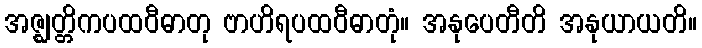
အဇ္ဈတ္တိကပထဝီဓာတု ဗာဟိရပထဝီဓာတုံ။ အနုပေတီတိ အနုယာယတိ။